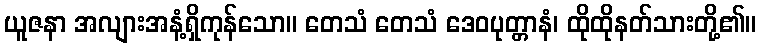
ယူဇနာ အလျားအနံ့ရှိကုန်သော။ တေသံ တေသံ ဒေဝပုတ္တာနံ၊ ထိုထိုနတ်သားတို့၏။